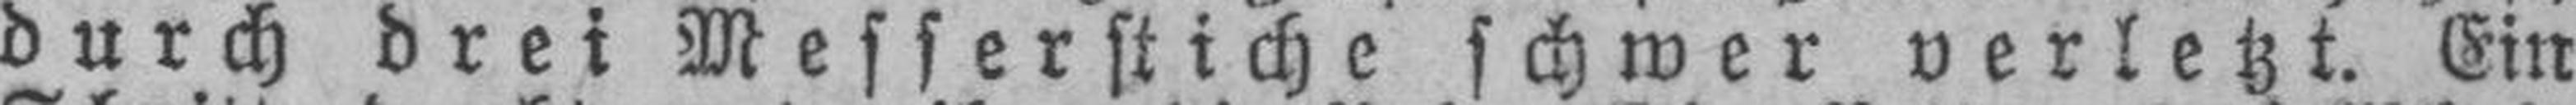
durch drei Messerstiche schwer verletzt. Ein